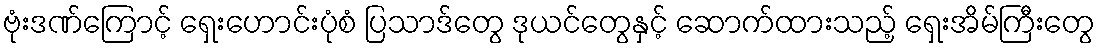
ဗုံးဒဏ်ကြောင့် ရှေးဟောင်းပုံစံ ပြသာဒ်တွေ ဒုယင်တွေနှင့် ဆောက်ထားသည့် ရှေးအိမ်ကြီးတွေ